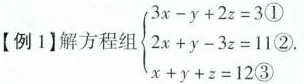
【例1】解方程组 $$ \begin { cases } 3 x - y +2 z =3 ① \\ 2 x + y - 3 z = 1 1 ② \\ x + y + z = 1 2 ③ \\ \end { cases }$$ .